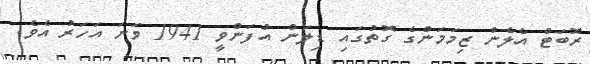
ރޮބަޓް އެލެން ޒިމަމަންގެ ގޮތުގައި ޑިލަން އުފަންވީ 1941 ވަނަ އަހަރު އެވެ.